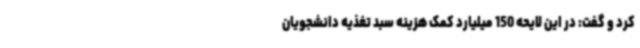
کرد و گفت: در این لایحه 150 میلیارد کمک هزینه سبد تغذیه دانشجویان